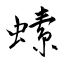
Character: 螦